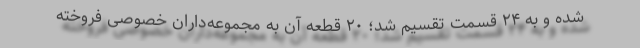
شده و به ۲۴ قسمت تقسیم شد؛ ۲۰ قطعه آن به مجموعه‌داران خصوصی فروخته